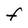
Character: F